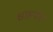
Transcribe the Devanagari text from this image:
शाहर्यार